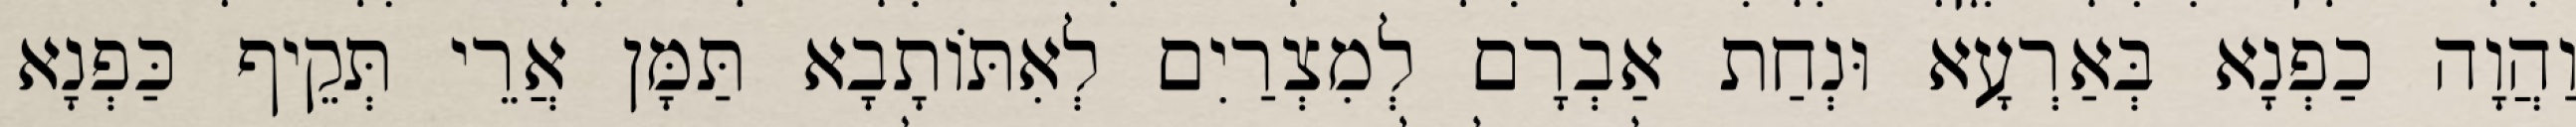
וַהֲוָה כַפְנָא בְּאַרְעָא וּנְחַת אַבְרָם לְמִצְרַיִם לְאִתּוֹתָבָא תַּמָּן אֲרֵי תְּקֵיף כַּפְנָא